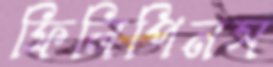
ফিলিপিনস